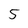
Character: 5